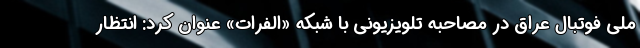
ملی فوتبال عراق در مصاحبه تلویزیونی با شبکه «الفرات» عنوان کرد: انتظار